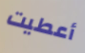
أعطيت